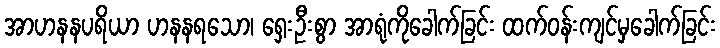
အာဟနနပရိယာ ဟနနရသော၊ ရှေးဦးစွာ အာရုံကိုခေါက်ခြင်း ထက်ဝန်းကျင်မှခေါက်ခြင်း